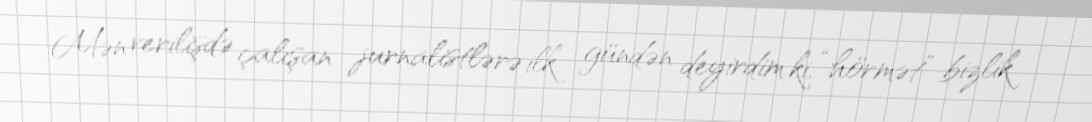
Mən verilişdə çalışan jurnalistlərə ilk gündən deyirdim ki, “hörmət” bizlik